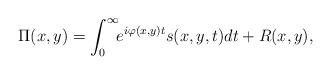
LaTeX: \begin{align*}\Pi(x,y)=\int^{\infty}_{0}\!\! e^{i\varphi(x, y)t}s(x, y, t)dt+R(x,y),\end{align*}